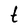
Character: t